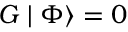
{ \cal G } \mid \Phi \rangle = 0